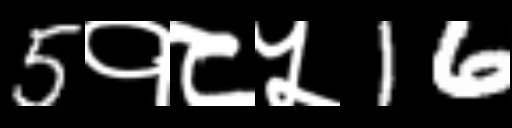
Text: 5१८५16